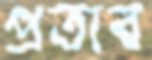
প্রতাব